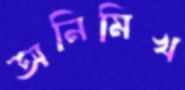
অনিমিখ